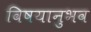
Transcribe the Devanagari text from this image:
विषयानुभव